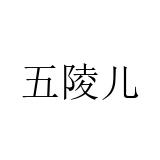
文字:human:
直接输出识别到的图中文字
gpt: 五陵儿